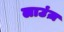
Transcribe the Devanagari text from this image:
लाउंज़